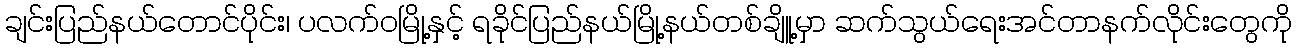
ချင်းပြည်နယ်တောင်ပိုင်း၊ ပလက်၀မြို့နှင့် ရခိုင်ပြည်နယ်မြို့နယ်တစ်ချိူ့မှာ ဆက်သွယ်ရေးအင်တာနက်လိုင်းတွေကို